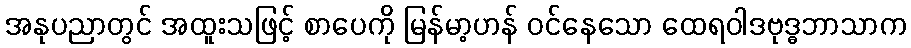
အနုပညာတွင် အထူးသဖြင့် စာပေကို မြန်မာ့ဟန် ဝင်နေသော ထေရဝါဒဗုဒ္ဓဘာသာက